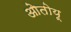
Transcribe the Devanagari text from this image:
ओतोयू